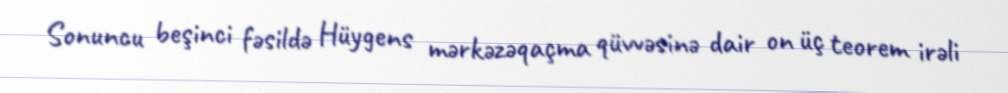
Sonuncu beşinci fəsildə Hüygens mərkəzəqaçma qüvvəsinə dair on üç teorem irəli